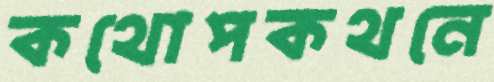
কথোপকথনে